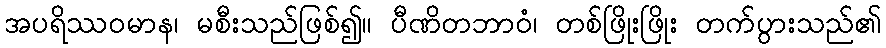
အပရိဿဝမာန၊ မစီးသည်ဖြစ်၍။ ပီဏိတဘာဝံ၊ တစ်ဖြိုးဖြိုး တက်ပွားသည်၏